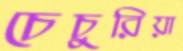
চেচুরিয়া